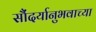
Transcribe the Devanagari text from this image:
सौंदर्यानुभवाच्या